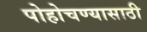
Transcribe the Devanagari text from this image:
पोहोचण्‍यासाठी